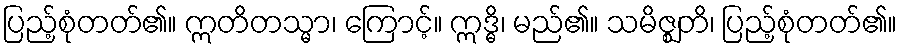
ပြည့်စုံတတ်၏။ ဣတိတသ္မာ၊ ကြောင့်။ ဣဒ္ဓိ၊ မည်၏။ သမိဇ္ဈတိ၊ ပြည့်စုံတတ်၏။